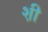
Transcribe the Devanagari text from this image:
श़ी